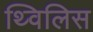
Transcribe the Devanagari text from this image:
थ्‍विलिस